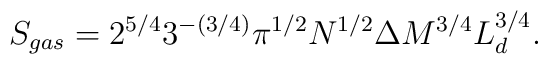
S_{gas}=   2^{5/ 4} 3^{-(3/4)} \pi^{1/2}  N^{1/2}\Delta M^{3/4}  L_d^{ 3/4} .